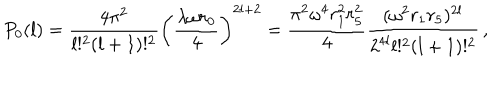
P _ { 0 } ( l ) = \frac { 4 \pi ^ { 2 } } { l ! ^ { 2 } ( l + 1 ) ! ^ { 2 } } \left( \frac { \lambda \omega r _ { 0 } } { 4 } \right) ^ { 2 l + 2 } = \frac { \pi ^ { 2 } \omega ^ { 4 } r _ { 1 } ^ { 2 } r _ { 5 } ^ { 2 } } { 4 } \frac { ( \omega ^ { 2 } r _ { 1 } r _ { 5 } ) ^ { 2 l } } { 2 ^ { 4 l } l ! ^ { 2 } ( l + 1 ) ! ^ { 2 } } \, ,